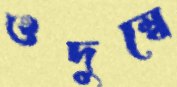
ওদুম্বে